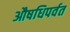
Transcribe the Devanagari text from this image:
औषधिपर्वत